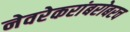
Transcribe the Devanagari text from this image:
नेवरेकरांबरोबरच